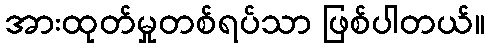
အားထုတ်မှုတစ်ရပ်သာ ဖြစ်ပါတယ်။